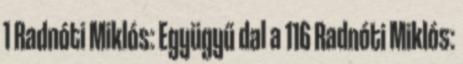
1 Radnóti Miklós: Együgyű dal a 116 Radnóti Miklós: